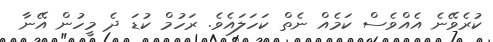
ކުރެވޭނެ އެއްވެސް ކަމެއް ނެތް ކަހަލައެވެ. ރަހުމް ކުޑަ ދެ މީހުން އޭނާ